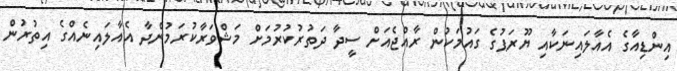
އިންޑިއާގެ އެއާލައިނަކާއި ޔޫރަޕުގެ ގައުމަކުން ރާއްޖެއަށް ސީދާ ދަތުރުކުރުމަށް މަޝްވަރާކުރަމުންދާ އެއާލައިނެއްގެ އިތުރުން